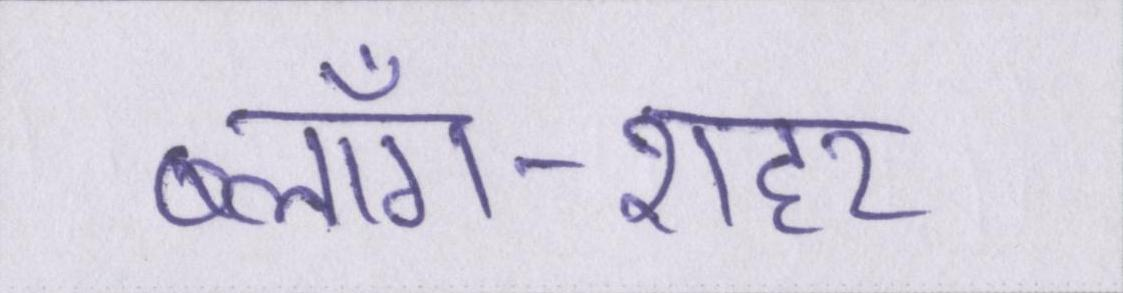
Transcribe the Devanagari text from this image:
ब्लॉग-शहर